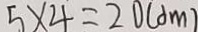
5 \times 4 = 2 0 ( d m )